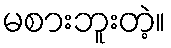
မစားဘူးတဲ့။